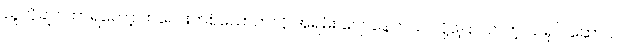
သူလိုချင် တာရတော့ ကလေးတစ်ယောက်လို အရမ်း ပျော်နေတယ် လို့ပြောလာတဲ့ သရုပ် ဆောင်